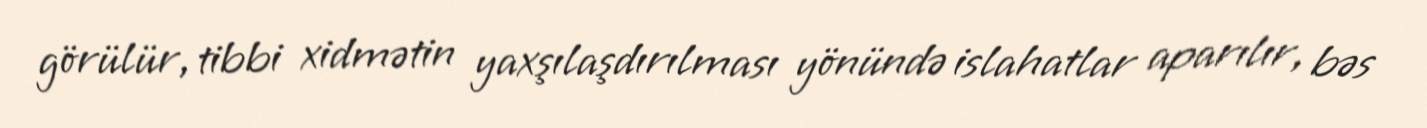
görülür, tibbi xidmətin yaxşılaşdırılması yönündə islahatlar aparılır, bəs